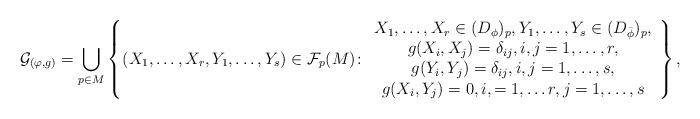
LaTeX: \begin{align*}\mathcal G_{(\varphi,g)} =\bigcup_{p\in M} \left\{ (X_1, \ldots, X_r, Y_1, \ldots ,Y_s) \in \mathcal F_p (M) \colon \begin{array}{c}X_1, \ldots , X_r \in (D_{\phi})_p, Y_1, \ldots , Y_s \in (D_{\bar\phi})_p,\\g(X_i, X_j)=\delta_{ij}, i, j=1, \ldots, r, \\g(Y_i, Y_j)=\delta_{ij}, i, j=1, \ldots, s, \\g(X_i, Y_j)=0, i,=1, \ldots r, j=1,\ldots, s \\\end{array}\right\},\end{align*}